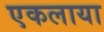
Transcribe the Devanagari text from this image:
एकलाया